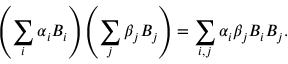
\left( \sum _ { i } \alpha _ { i } B _ { i } \right) \left( \sum _ { j } \beta _ { j } B _ { j } \right) = \sum _ { i , j } \alpha _ { i } \beta _ { j } B _ { i } B _ { j } .